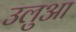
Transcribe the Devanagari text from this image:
उलुआ